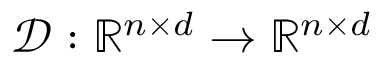
\mathcal { D } : \mathbb { R } ^ { n \times d } \rightarrow \mathbb { R } ^ { n \times d }